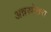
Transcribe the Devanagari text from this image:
अन्नस्रोतस